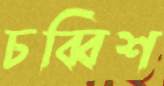
চব্বিশ